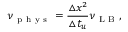
\nu _ { \mathrm { ~ p ~ h ~ y ~ s ~ } } = \frac { \triangle x ^ { 2 } } { \triangle t _ { u } } \nu _ { \mathrm { ~ L ~ B ~ } } ,